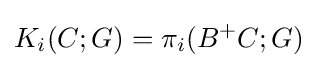
K_{i}(C;G)=\pi _{i}(B^{+}C;G)